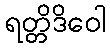
ရတ္တိဒိဝေါ